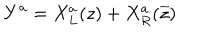
Y ^ { a } = X _ { L } ^ { a } ( z ) + X _ { R } ^ { a } ( \overline { { { z } } } )